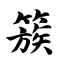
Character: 簇